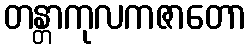
တန္တာကုလကဇာတော